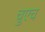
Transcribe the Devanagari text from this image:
चुएच